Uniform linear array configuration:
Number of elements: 32
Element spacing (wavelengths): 0.25
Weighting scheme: blackman
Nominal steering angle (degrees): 15
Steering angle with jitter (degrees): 14.887
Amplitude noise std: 0.05
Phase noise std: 0.05

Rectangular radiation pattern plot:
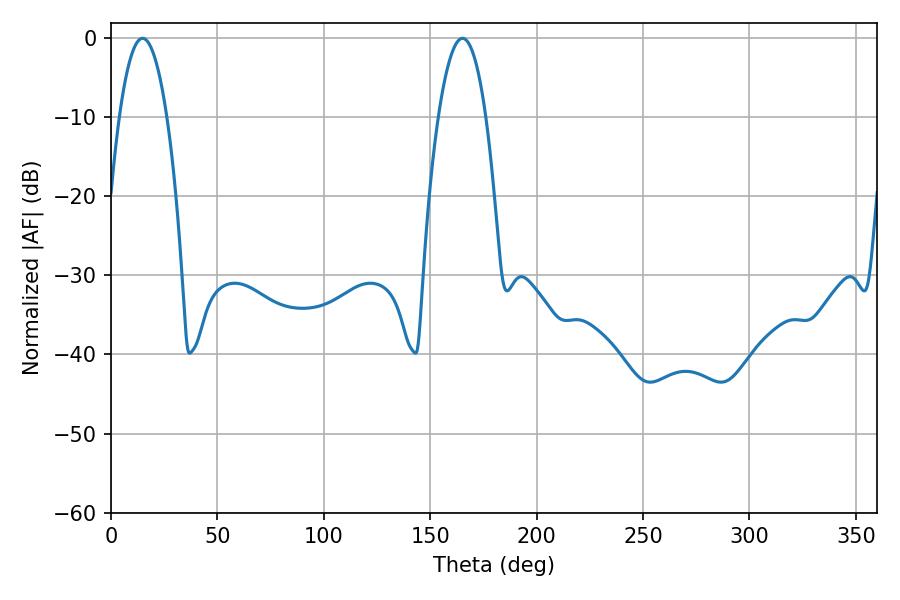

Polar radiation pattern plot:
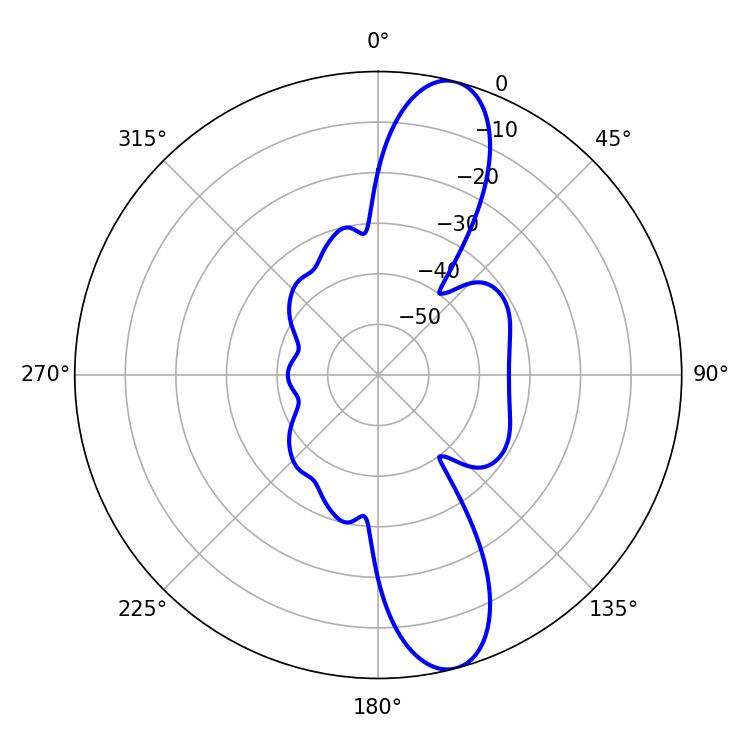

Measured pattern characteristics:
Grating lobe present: FALSE
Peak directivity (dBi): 12.253
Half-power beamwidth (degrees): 12.24
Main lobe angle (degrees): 14.76